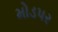
મોડપર